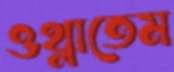
ওথ্‌লাতেম